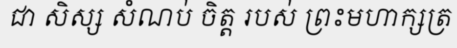
ជា សិស្ស សំណប់ ចិត្ត របស់ ព្រះមហាក្សត្រ